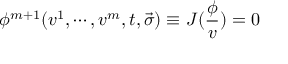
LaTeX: \phi ^ { m + 1 } ( v ^ { 1 } , \cdots , v ^ { m } , t , \vec { \sigma } ) \equiv J ( \frac \phi v ) = 0